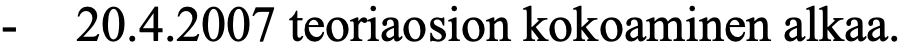
-  20.4.2007 teoriaosion kokoaminen alkaa.